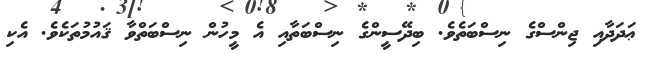
ޢަދަދާއި ޖިންސްގެ ނިސްބަތެވެ. ބިދޭސީންގެ ނިސްބަތާއި އެ މީހުން ނިސްބަތްވާ ޤައުމުތަކެވެ. އެކި